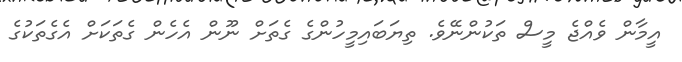
އީމާން ވެއްޖެ މީސް ތަކުންނޭވެ. ތިޔަބައިމީހުންގެ ގެތަށް ނޫން އެހެން ގެތަކަށް އެގެތަކުގެ